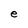
Character: e